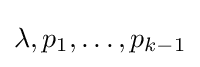
\lambda ,p_{1},\ldots ,p_{k-1}